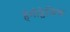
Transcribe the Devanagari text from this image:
हेमीप्लेजिक